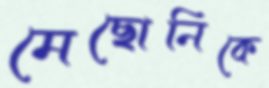
মেছোনিকে